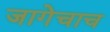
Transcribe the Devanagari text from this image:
जागेचाच